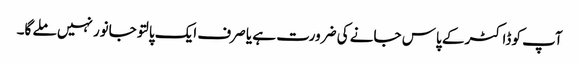
آپ کو ڈاکٹر کے پاس جانے کی ضرورت ہے یا صرف ایک پالتو جانور نہیں ملے گا۔